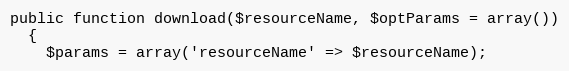
Language: PHP
public function download($resourceName, $optParams = array())
  {
    $params = array('resourceName' => $resourceName);